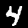
Label: 4